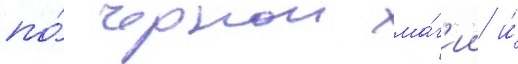
по́ чернои ма́г'ии и́